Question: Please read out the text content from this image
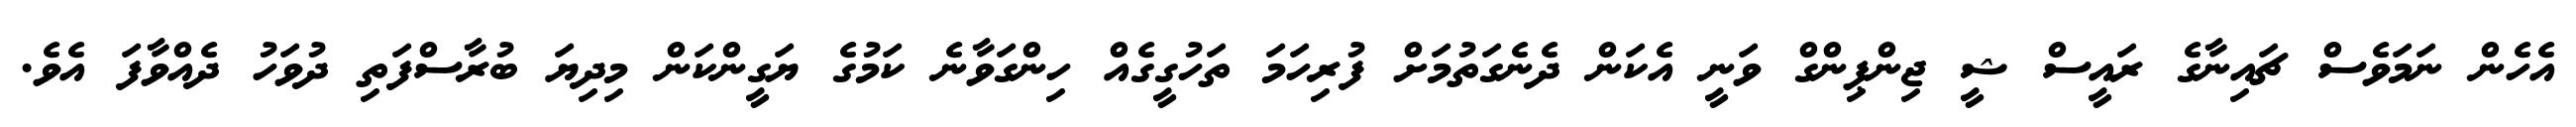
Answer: އެހެން ނަމަވެސް ޗައިނާގެ ރައީސް ޝީ ޖިންޕިންގް ވަނީ އެކަން ދެނެގަތުމަށް ފުރިހަމަ ތަހުގީގެއް ހިންގަވާނެ ކަމުގެ ޔަގީންކަން މިދިޔަ ބުރާސްފަތި ދުވަހު ދެއްވާފަ އެވެ.